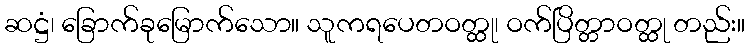
ဆဋ္ဌံ၊ ခြောက်ခုမြောက်သော။ သူကရပေတဝတ္ထု၊ ဝက်ပြိတ္တာဝတ္ထု တည်း။